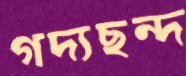
গদ্যছন্দ